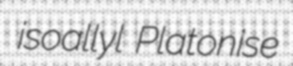
isoallyl Platonise